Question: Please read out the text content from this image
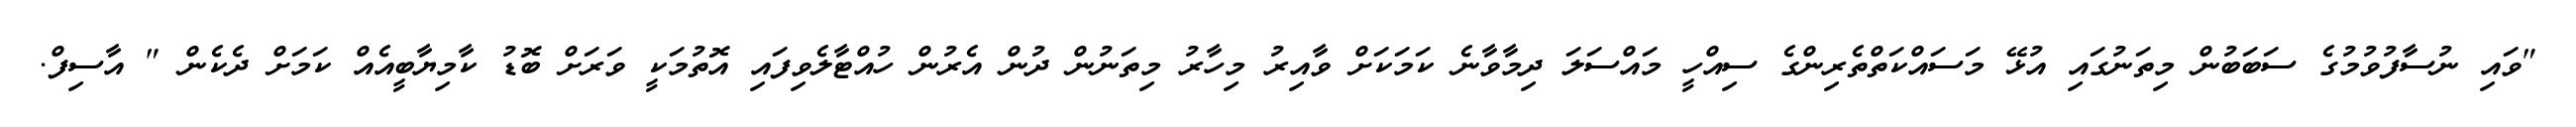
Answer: "ވައި ނުސާފުވުމުގެ ސަބަބުން މިތަނުގައި އުޅޭ މަސައްކަތްތެރިންގެ ސިއްހީ މައްސަލަ ދިމާވާނެ ކަމަކަށް ވާއިރު މިހާރު މިތަނުން ދުން އެރުން ހުއްޓާލެވިފައި އޮތުމަކީ ވަރަށް ބޮޑު ކާމިޔާބީއެއް ކަމަށް ދެކެން " އާސިފް.